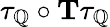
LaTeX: \tau_{\mathbb{Q}}\circ\mathbf{T}\tau_{\mathbb{Q}}